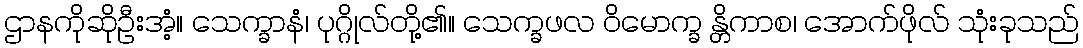
ဌာနကိုဆိုဦးအံ့။ သေက္ခာနံ၊ ပုဂ္ဂိုလ်တို့၏။ သေက္ခဖလ ဝိမောက္ခ န္တိကာစ၊ အောက်ဖိုလ် သုံးခုသည်